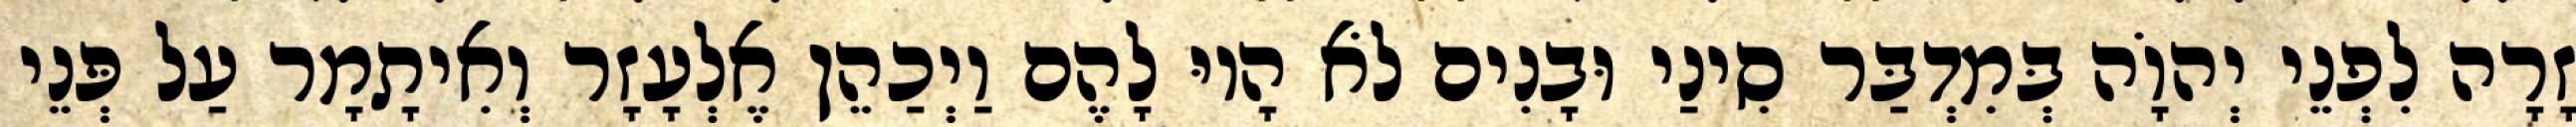
זָרָה לִפְנֵי יְהוָֹה בְּמִדְבַּר סִינַי וּבָנִים לֹא הָיוּ לָהֶם וַיְכַהֵן אֶלְעָזָר וְאִיתָמָר עַל פְּנֵי